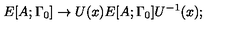
E [ A ; \Gamma _ { 0 } ] \rightarrow U ( x ) E [ A ; \Gamma _ { 0 } ] U ^ { - 1 } ( x ) ;